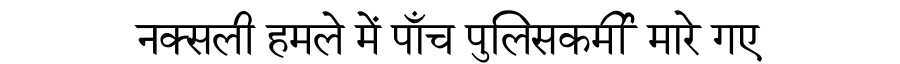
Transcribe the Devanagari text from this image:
नक्सली हमले में पाँच पुलिसकर्मी मारे गए